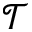
\mathcal { T }